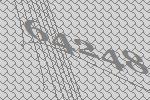
64248